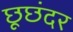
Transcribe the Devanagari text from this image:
छूछंदर